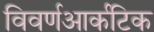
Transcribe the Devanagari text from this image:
विवर्णआर्कटिक